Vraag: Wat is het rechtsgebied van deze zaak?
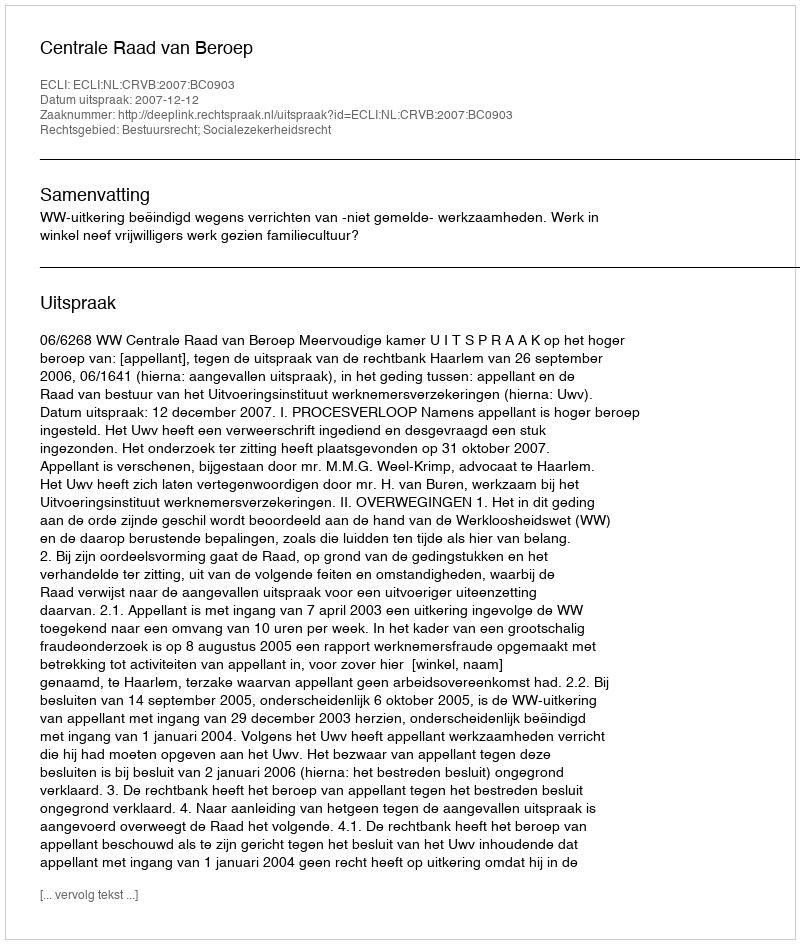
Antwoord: Bestuursrecht; Socialezekerheidsrecht